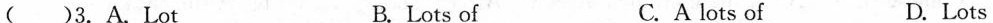
( )3.A.Lot B.Lots of C.A lot of D.Lots